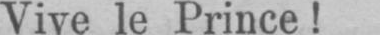
Vive le Prince!